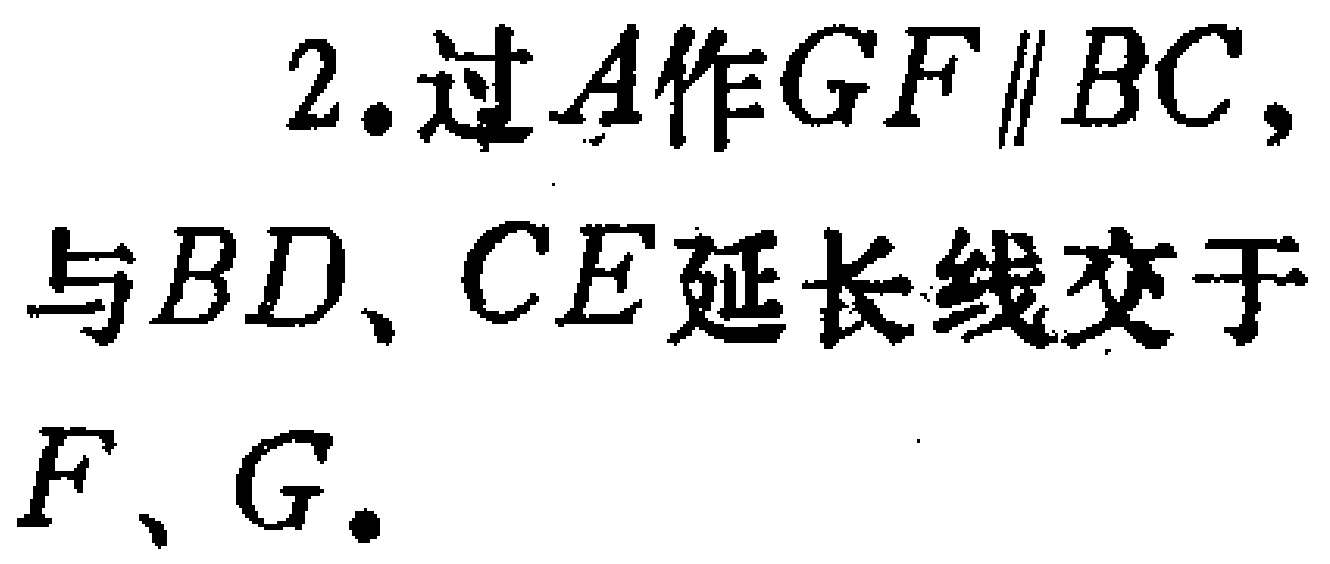
2.过\(A\)作\(GF\parallel BC\)，与\(BD\)、\(CE\)延长线交于\(F\)、\(G\)。